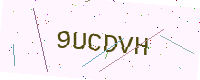
Text: 9UCDVH